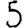
Digit: 5